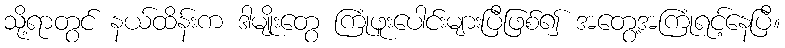
သို့ရာတွင် နယ်ထိန်းက ဒါမျိုးတွေ ကြုံဖူးပေါင်းများပြီဖြစ်၍ အတွေ့အကြုံရင့်နေပြီ။